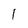
Character: l